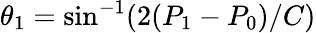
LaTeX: \theta_{1}=\mathrm{sin}^{-1}(2(P_{1}-P_{0})/C)